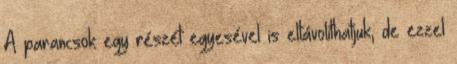
A parancsok egy részét egyesével is eltávolíthatjuk, de ezzel